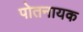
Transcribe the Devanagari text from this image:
पोतनायक